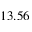
1 3 . 5 6